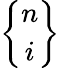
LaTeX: {n\brace i}